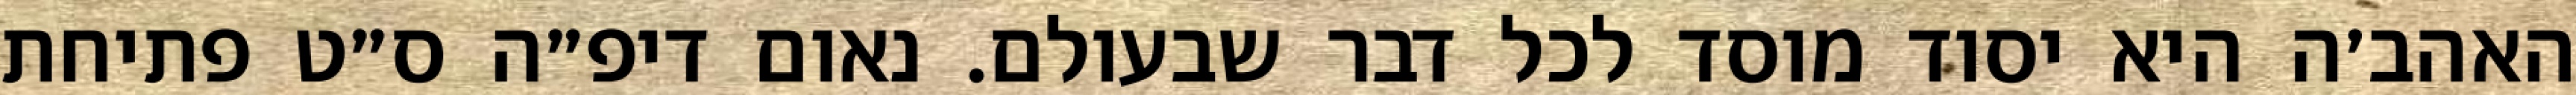
האהב׳ה היא יסוד מוסד לכל דבר שבעולם. נאום דיפ״ה ס״ט פתיחת